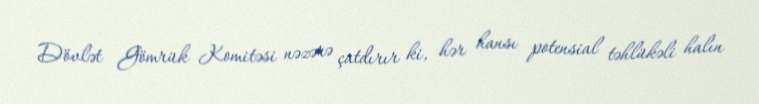
Dövlət Gömrük Komitəsi nəzərə çatdırır ki, hər hansı potensial təhlükəli halın